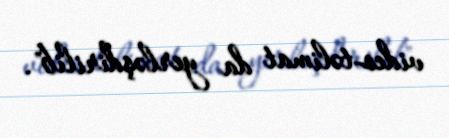
video-təlimat da yerləşdirilib".